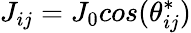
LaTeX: J_{ij}=J_{0}cos(\theta_{ij}^{*})